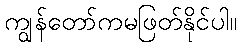
ကျွန်တော်ကမဖြတ်နိုင်ပါ။